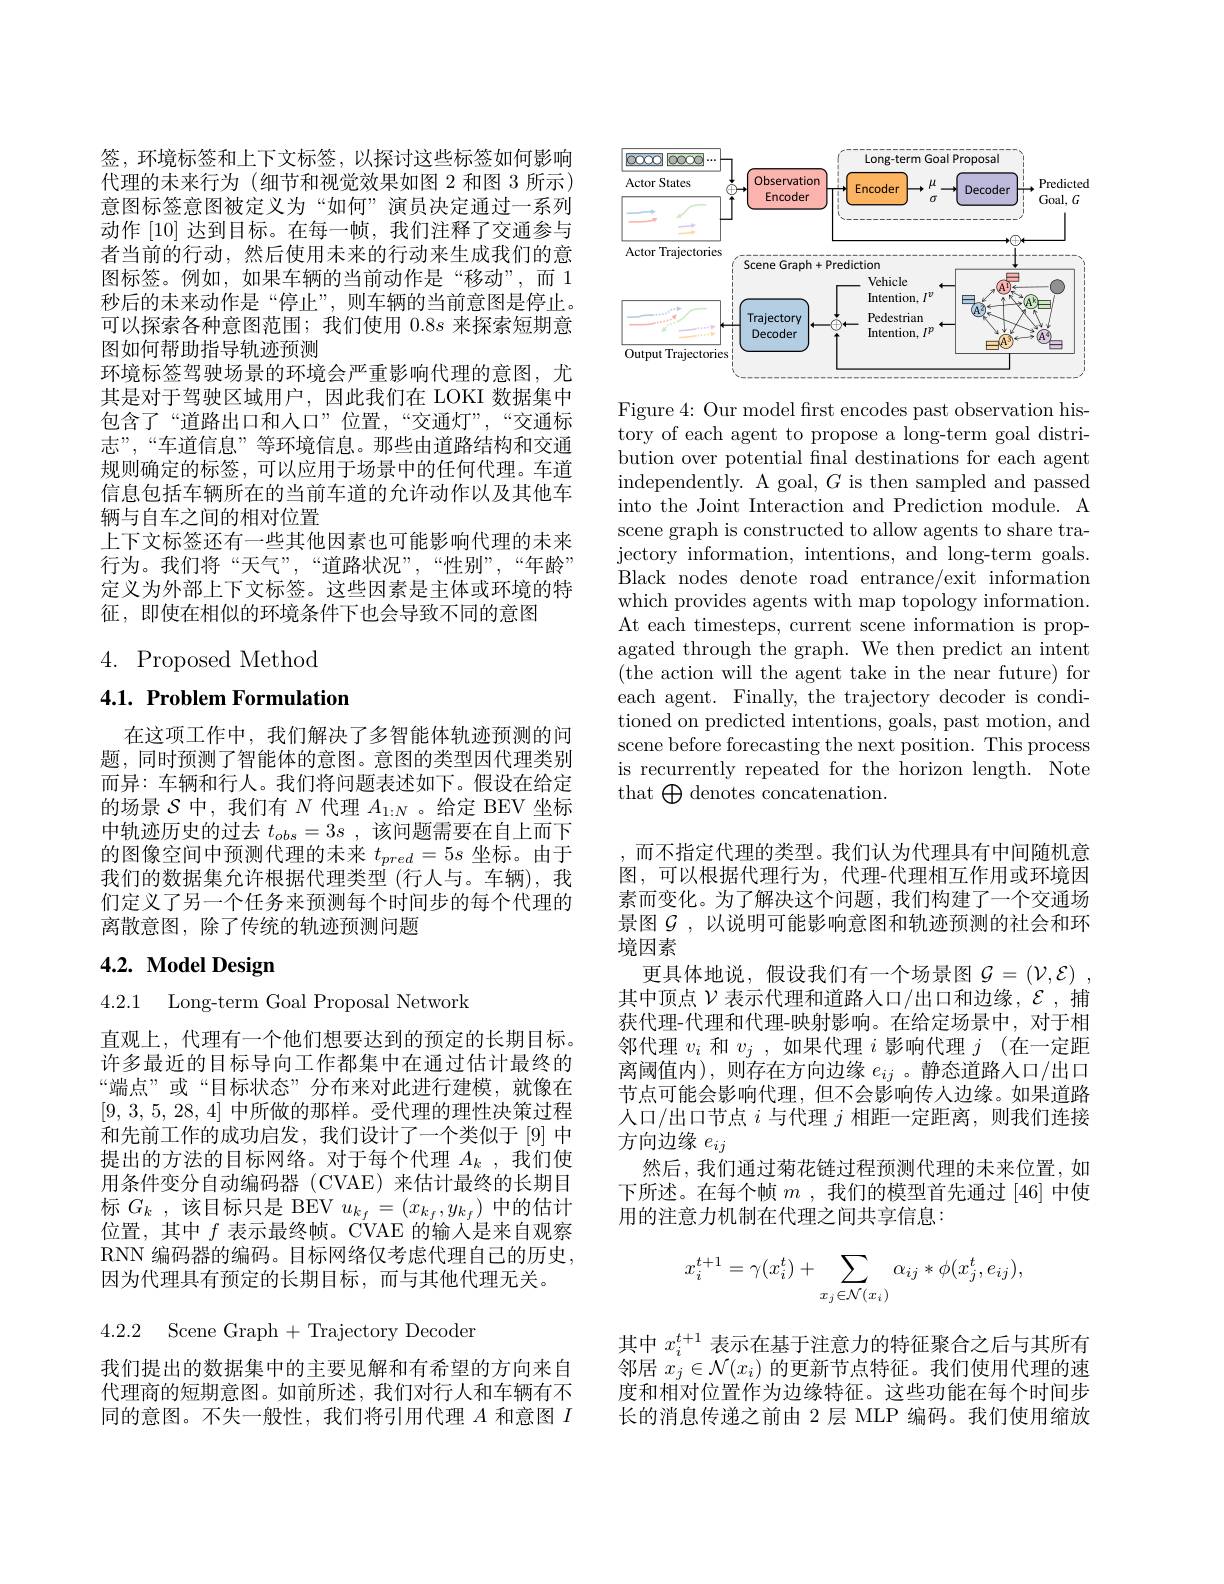
签，环境标签和上下文标签，以探讨这些标签如何影响代理的未来行为 (细节和视觉效果如图 2 和图 3 所示) 意图标签意图被定义为“如何”演员决定通过一系列动作[10]达到目标。在每一帧，我们注释了交通参与者当前的行动，然后使用未来的行动来生成我们的意图标签。例如，如果车辆的当前动作是“移动”,而 1秒后的未来动作是“停止”,则车辆的当前意图是停止。可以探索各种意图范围；我们使用$0.8s$来探索短期意图如何帮助指导轨迹预测
环境标签驾驶场景的环境会严重影响代理的意图，尤其是对于驾驶区域用户，因此我们在 LOKI 数据集中包含了“道路出口和人口”位置，“交通灯”,“交通标志”,“车道信息”等环境信息。那些由道路结构和交通规则确定的标签，可以应用于场景中的任何代理。车道信息包括车辆所在的当前车道的允许动作以及其他车辆与自车之间的相对位置
上下文标签还有一些其他因素也可能影响代理的未来行为。我们将“天气”,“道路状况”,“性别”,“年龄” 定义为外部上下文标签。这些因素是主体或环境的特征，即使在相似的环境条件下也会导致不同的意图

$4.{\mathrm{Proposed~Method}}$

4.1. Problem Formulation

在这项工作中，我们解决了多智能体轨迹预测的问题，同时预测了智能体的意图。意图的类型因代理类别而异：车辆和行人。我们将问题表述如下。假设在给定的场景$\mathcal{S}$中，我们有$N$代理$A_1:N$ 。给定 BEV 坐标中轨迹历史的过去$t_obs=3s$,该问题需要在自上而下的图像空间中预测代理的未来$t_{pred}=5s$坐标。由于我们的数据集允许根据代理类型(行人与。车辆),我们定义了另一个任务来预测每个时间步的每个代理的离散意图，除了传统的轨迹预测问题

# $4. 2. \textbf{ Model Design}$

4.2.1 Long-term Goal Proposal Network

直观上，代理有一个他们想要达到的预定的长期目标。许多最近的目标导向工作都集中在通过估计最终的“端点”或“目标状态”分布来对此进行建模，就像在[9,3,5,28,4]中所做的那样。受代理的理性决策过程和先前工作的成功启发，我们设计了一个类似于[9]中提出的方法的目标网络。对于每个代理$A_k$,我们使用条件变分自动编码器 (CVAE)来估计最终的长期目标$G_k$ ,该目标只是 BEV $u_k_f=(x_{k_f},y_{k_f})$中的估计位置，其中$f$表示最终帧。CVAE 的输入是来自观察RNN 编码器的编码。目标网络仅考虑代理自己的历史因为代理具有预定的长期目标，而与其他代理无关。

4.2.2 Scene Graph+Trajectory Decoder

我们提出的数据集中的主要见解和有希望的方向来自代理商的短期意图。如前所述，我们对行人和车辆有不同的意图。不失一般性，我们将引用代理$A$和意图$I$

<FigureHere>

Figure 4: Our model first encodes past observation history of each agent to propose a long-term goal distribution over potential final destinations for each agent independently. A goal, $G$ is then sampled and passed into the Joint Interaction and Prediction module. A scene graph is constructed to allow agents to share tra- ${\text{jectory information, intentions, and long-term goals.}}$ Black nodes denote road entrance/exit information which provides agents with map topology information. At each timesteps, current scene information is propagated through the graph. We then predict an intent (the action will the agent take in the near future) for each agent. Finally, the trajectory decoder is conditioned on predicted intentions, goals, past motion, and scene before forecasting the next position. This process is recurrently repeated for the horizon length. Note that$\bigoplus$denotes concatenation.

而不指定代理的类型。我们认为代理具有中间随机意图，可以根据代理行为，代理-代理相互作用或环境因素而变化。为了解决这个问题，我们构建了一个交通场景图$\mathcal{G}$,以说明可能影响意图和轨迹预测的社会和环境因素
更具体地说，假设我们有一个场景图$\mathcal{G} = ( \mathcal{V} , \mathcal{E} )$ , 其中顶点$\mathcal{V}$表示代理和道路人口/出口和边缘，$\mathcal{E}$ ,捕获代理-代理和代理-映射影响。在给定场景中，对于相邻代理$v_i$和$v_j$,如果代理$i$影响代理$j$ (在一定距离阈值内),则存在方向边缘$e_ij$ 。静态道路人口/出口节点可能会影响代理，但不会影响传人边缘。如果道路人口/出口节点$i$与代理$j$相距一定距离，则我们连接方向边缘$e_ij$
然后，我们通过菊花链过程预测代理的未来位置，如下所述。在每个帧$m$ ,我们的模型首先通过[46]中使用的注意力机制在代理之间共享信息：
$$x_i^{t+1}=\gamma(x_i^t)+\sum_{x_j\in\mathcal{N}(x_i)}\alpha_{ij}*\phi(x_j^t,e_{ij}),$$
其中$x_{i}^{t+1}$表示在基于注意力的特征聚合之后与其所有邻居$x_j\in\mathcal{N}(x_i)$的更新节点特征。我们使用代理的速度和相对位置作为边缘特征。这些功能在每个时间步长的消息传递之前由 2 层 MLP 编码。我们使用缩放